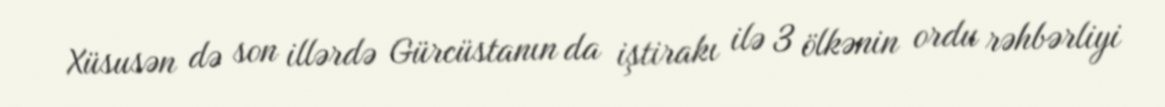
Xüsusən də son illərdə Gürcüstanın da iştirakı ilə 3 ölkənin ordu rəhbərliyi